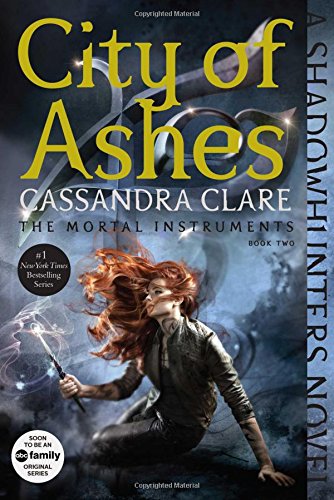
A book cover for City of Ashes (The Mortal Instruments); Cassandra Clare; Teen & Young Adult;